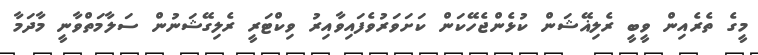
މީގެ ތެރެއިން ވީބީ ރެލިޣޭޝަން ކުޅެންޖެހޭކަން ކަށަވަރުވެފައިވާއިރު ވިކްޓަރީ ރެލިގޭޝަނުން ސަލާމަތްވާނީ މާދަމާ